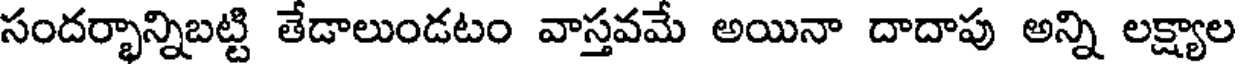
సందర్భాన్నిబట్టి తేడాలుండటం వాస్తవమే అయినా దాదాపు అన్ని లక్ష్యాల